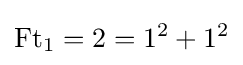
\operatorname {Ft} _{1}=2=1^{2}+1^{2}